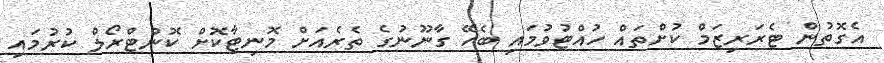
އެގޮތުން ޓެރަރިޒަމް ކުށްތައް ހުއްޓުވުމައި ބެހޭ ގާނޫނުގެ ތެރެއަށް މޮނިޓާކޮށް ކޮންޓްރޯލް ކުރުމައި